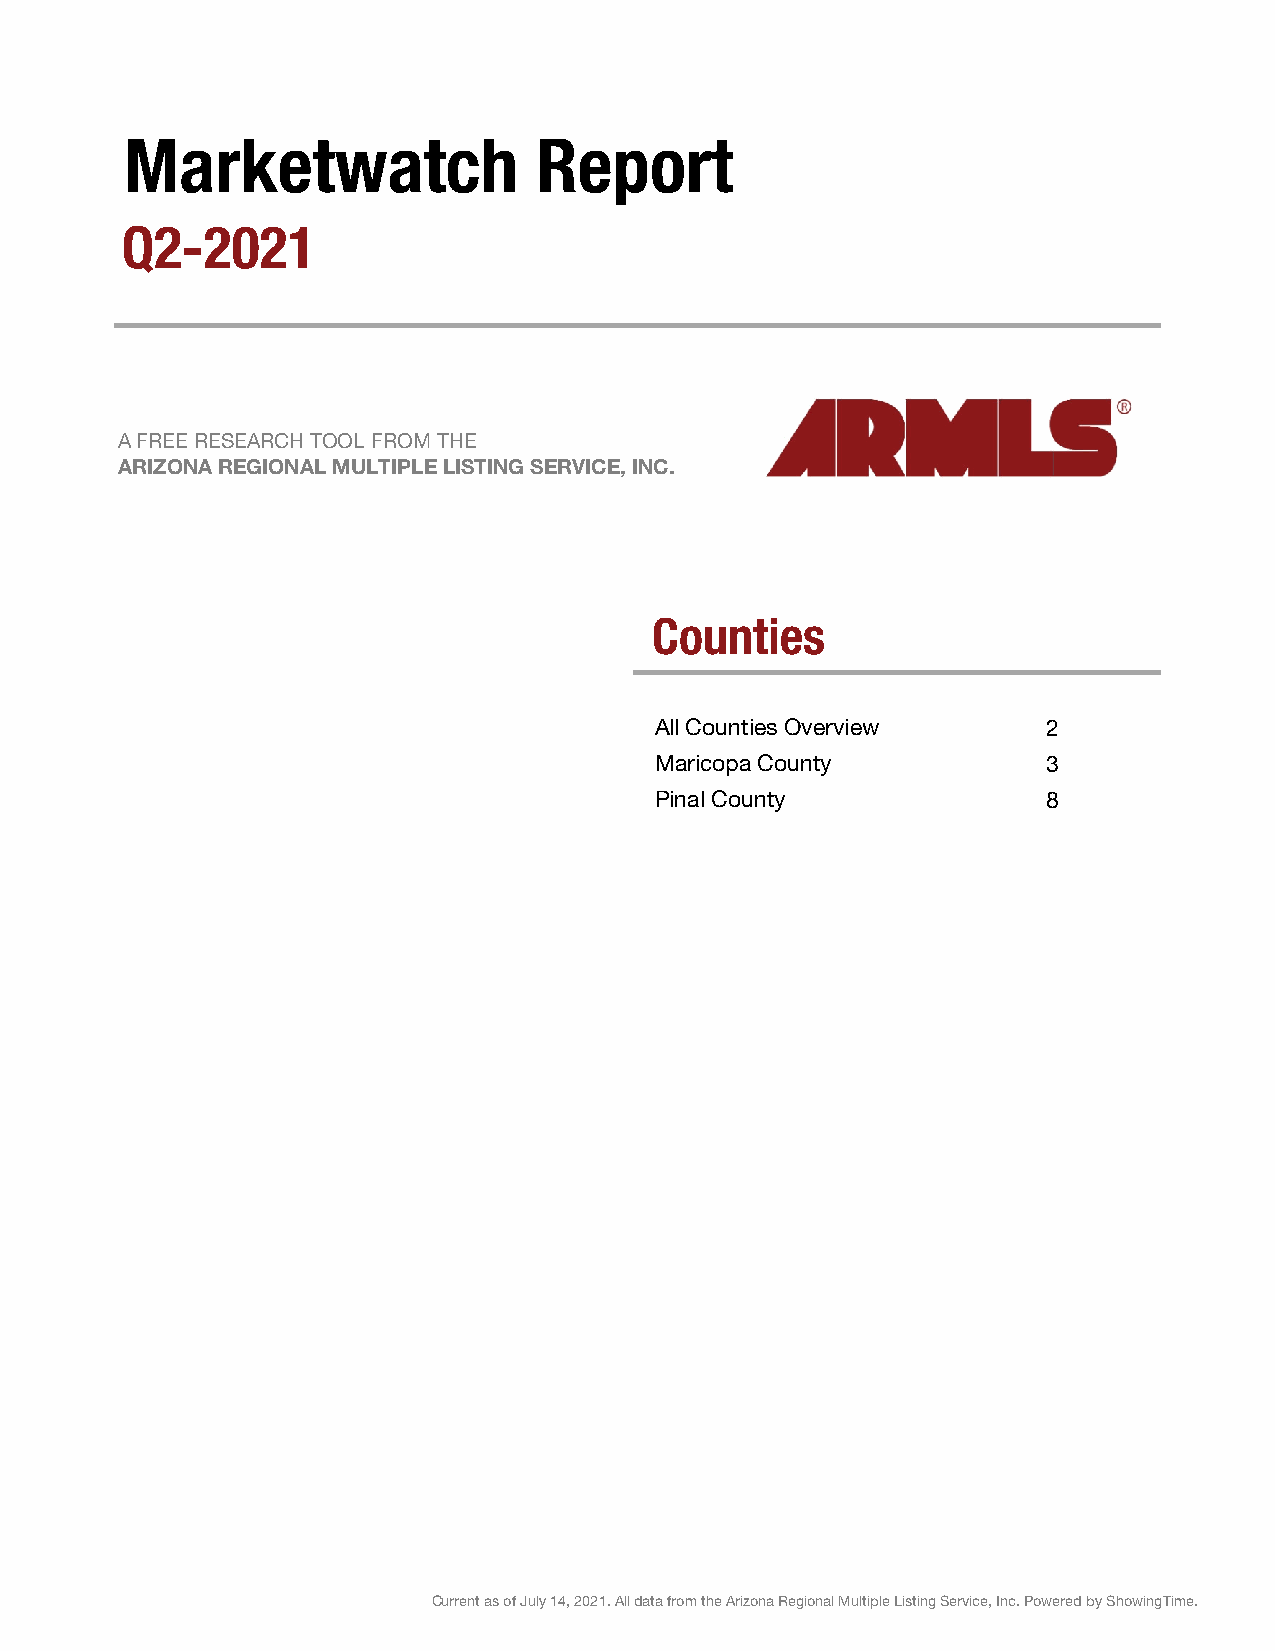
Marketwatch                Report
 Q2-2021
 A FREE RESEARCH TOOL FROM THE
 ARIZONA REGIONAL MULTIPLE LISTING SERVICE, INC.
 Counties
 All Counties Overview     2
 Maricopa County           3
 Pinal County              8
 Current as of July 14, 2021. All data from the Arizona Regional Multiple Listing Service, Inc. Powered by ShowingTime.